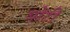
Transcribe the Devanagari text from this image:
घोंटी